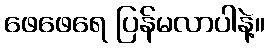
ဖေဖေရေ ပြန်မလာပါနဲ့။